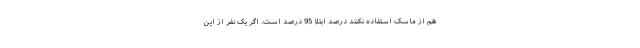
هم از ماسک استفاده نکنند درصد ابتلا 95 درصد است. اگر یک نفر از این